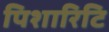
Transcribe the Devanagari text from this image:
पिशारिटि